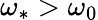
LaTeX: \omega_{*}>\omega_{0}